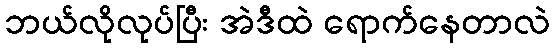
ဘယ်လိုလုပ်ပြီး အဲဒီထဲ ရောက်နေတာလဲ